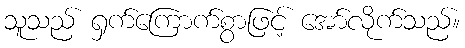
သူသည် ရှက်ကြောက်စွာဖြင့် အော်လိုက်သည်။